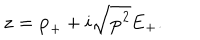
LaTeX: { \bf z } = { \bf p } _ { + } + i \sqrt { { \bf p ^ { 2 } } } { \bf E } _ { + } .